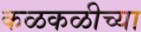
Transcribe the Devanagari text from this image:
कळकळीच्या